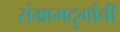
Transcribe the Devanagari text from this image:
संग्रामदुर्गाची